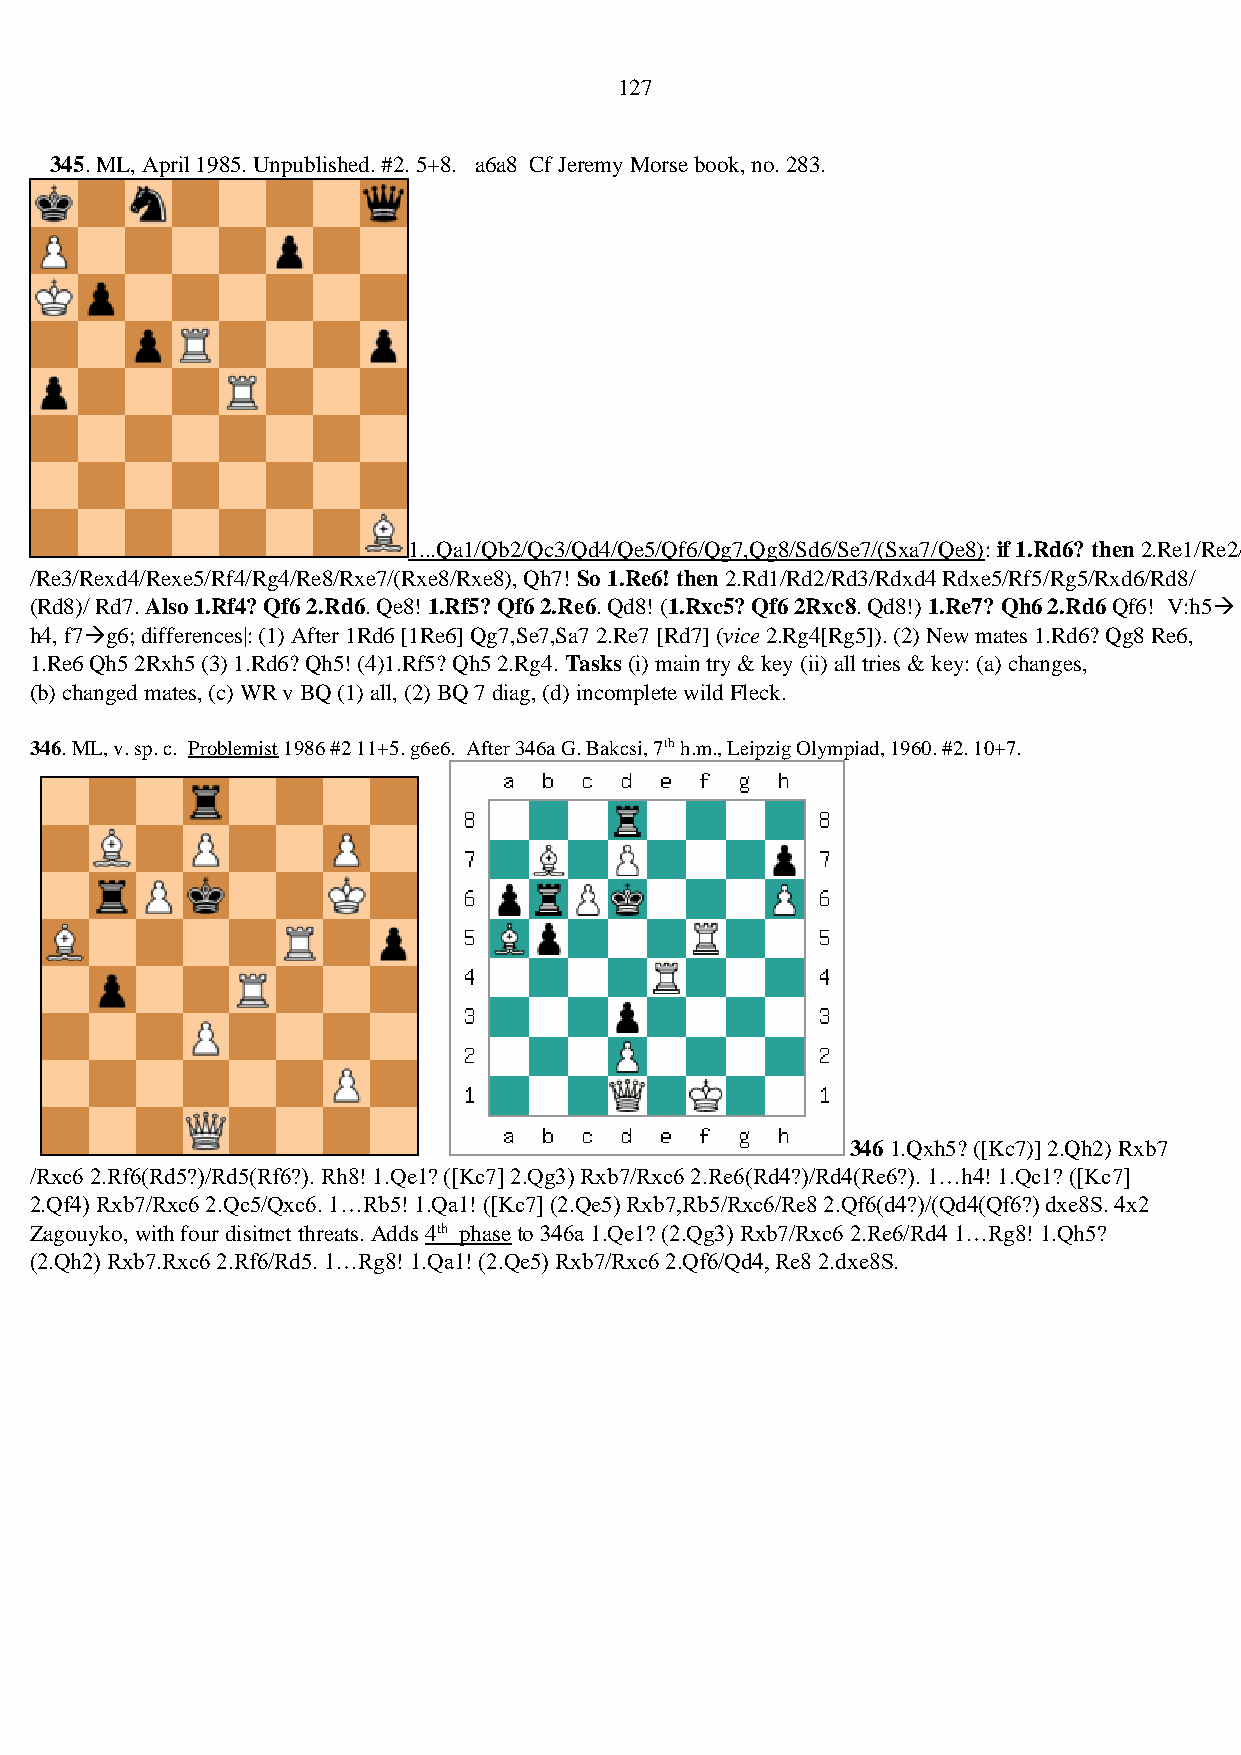
127
 345. ML, April 1985. Unpublished. #2. 5+8. a6a8 Cf Jeremy Morse book, no. 283.
 1...Qa1/Qb2/Qc3/Qd4/Qe5/Qf6/Qg7,Qg8/Sd6/Se7/(Sxa7/Qe8): if 1.Rd6? then 2.Re1/Re2/
 /Re3/Rexd4/Rexe5/Rf4/Rg4/Re8/Rxe7/(Rxe8/Rxe8), Qh7! So 1.Re6! then 2.Rd1/Rd2/Rd3/Rdxd4 Rdxe5/Rf5/Rg5/Rxd6/Rd8/
 (Rd8)/ Rd7. Also 1.Rf4? Qf6 2.Rd6. Qe8! 1.Rf5? Qf6 2.Re6. Qd8! (1.Rxc5? Qf6 2Rxc8. Qd8!) 1.Re7? Qh6 2.Rd6 Qf6! V:h5→
 h4, f7→g6; differences|: (1) After 1Rd6 [1Re6] Qg7,Se7,Sa7 2.Re7 [Rd7] (vice 2.Rg4[Rg5]). (2) New mates 1.Rd6? Qg8 Re6,
 1.Re6 Qh5 2Rxh5 (3) 1.Rd6? Qh5! (4)1.Rf5? Qh5 2.Rg4. Tasks (i) main try & key (ii) all tries & key: (a) changes,
 (b) changed mates, (c) WR v BQ (1) all, (2) BQ 7 diag, (d) incomplete wild Fleck.
 346. ML, v. sp. c. Problemist 1986 #2 11+5. g6e6. After 346a G. Bakcsi, 7th h.m., Leipzig Olympiad, 1960. #2. 10+7.
 346 1.Qxh5? ([Kc7)] 2.Qh2) Rxb7
 /Rxc6 2.Rf6(Rd5?)/Rd5(Rf6?). Rh8! 1.Qe1? ([Kc7] 2.Qg3) Rxb7/Rxc6 2.Re6(Rd4?)/Rd4(Re6?). 1…h4! 1.Qc1? ([Kc7]
 2.Qf4) Rxb7/Rxc6 2.Qc5/Qxc6. 1…Rb5! 1.Qa1! ([Kc7] (2.Qe5) Rxb7,Rb5/Rxc6/Re8 2.Qf6(d4?)/(Qd4(Qf6?) dxe8S. 4x2
 Zagouyko, with four disitnct threats. Adds 4th phase to 346a 1.Qe1? (2.Qg3) Rxb7/Rxc6 2.Re6/Rd4 1…Rg8! 1.Qh5?
 (2.Qh2) Rxb7.Rxc6 2.Rf6/Rd5. 1…Rg8! 1.Qa1! (2.Qe5) Rxb7/Rxc6 2.Qf6/Qd4, Re8 2.dxe8S.